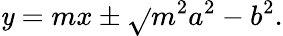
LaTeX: \mathit{y}=mx\pm{\sqrt{}{{m^{2}a^{2}-b^{2}}}}.